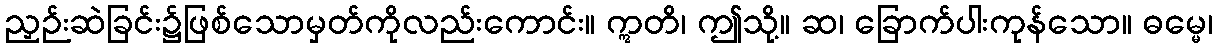
ညှဉ်းဆဲခြင်း၌ဖြစ်သောမှတ်ကိုလည်းကောင်း။ ဣတိ၊ ဤသို့။ ဆ၊ ခြောက်ပါးကုန်သော။ ဓမ္မေ၊